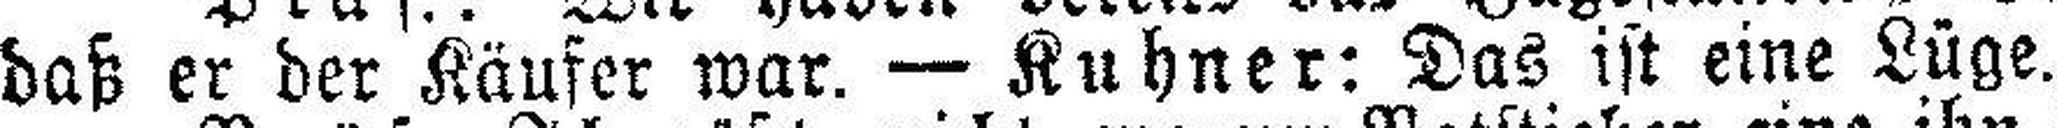
daß er der Käufer war. — Kuhner: Das ist eine Lüge.